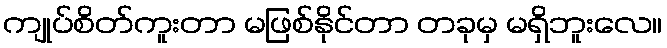
ကျုပ်စိတ်ကူးတာ မဖြစ်နိုင်တာ တခုမှ မရှိဘူးလေ။